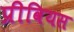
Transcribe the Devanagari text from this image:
प्रीवियस